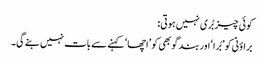
کوئی چیز بُری نہیں ہوتی:
براؤنی کو ’بُرا‘ اور بند گوبھی کو ’اچھا‘ کہنے سے بات نہیں بنے گی۔